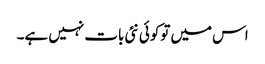
اس میں توکوئی نئی بات نہیں ہے۔